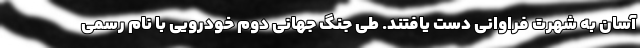
آسان به شهرت فراوانی دست یافتند. طی جنگ جهانی دوم خودرویی با نام رسمی